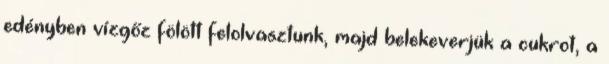
edényben vízgőz fölött felolvasztunk, majd belekeverjük a cukrot, a